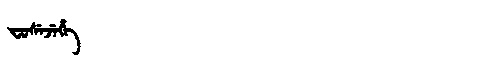
Manchu: ᠸᡠᠰᡝᠵᡝᡥᡝ
Romanization: FUSEJEHE